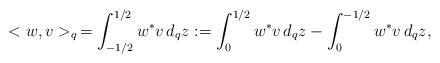
\begin{align*}<w,v>_q\,=\int^{1/2}_{-1/2}w^* v \,d_qz:= \int^{1/2}_0w^* v \,d_qz-\int^{-1/2}_0w^* v \,d_qz, \end{align*}